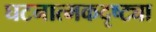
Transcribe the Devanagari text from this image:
घटनात्मकदृष्ट्या